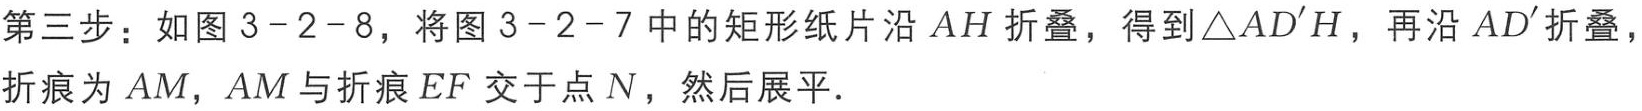
第三步：如图3 - 2 - 8，将图3 - 2 - 7中的矩形纸片沿 \(AH\) 折叠，得到 \(\triangle AD'H\)，再沿 \(AD'\) 折叠，折痕为 \(AM\)，\(AM\) 与折痕 \(EF\) 交于点 \(N\)，然后展平.